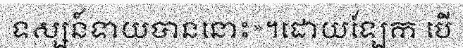
ទស្សន៍ទាយបាននោះ»។ដោយឡែក បើ